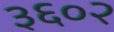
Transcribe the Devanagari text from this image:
३६०२